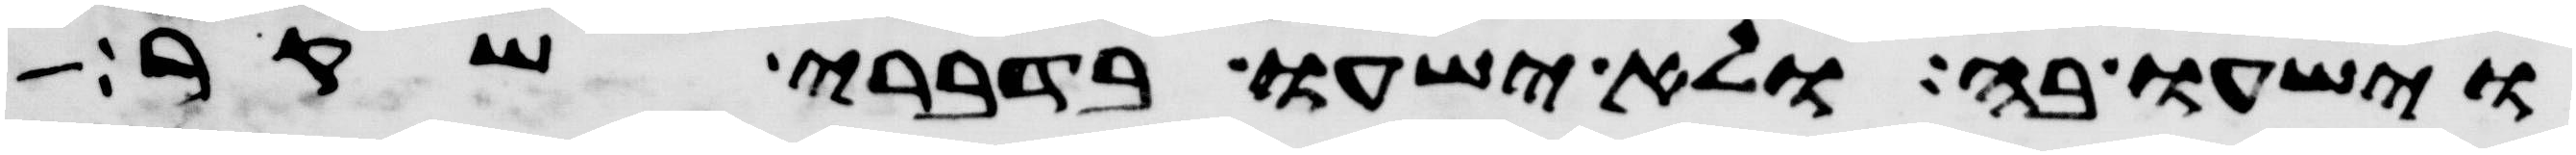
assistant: וישעו בה ולא ישעו בדברי שקר